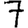
Digit: 7